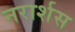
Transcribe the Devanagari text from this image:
नरार्शस